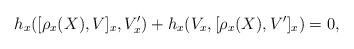
LaTeX: \begin{align*} h_x([\rho_x(X),V]_x, V'_x) + h_x(V_x, [\rho_x(X),V']_x) = 0, \end{align*}